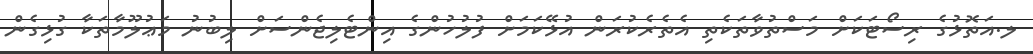
ލ.އަތޮޅުގެ ރިސޯޓަކަށް މަސްތުވާތަކެތި އެތެރެކުރަން އުޅޭކަމަށް ފުލުހުންގެ އިންޓެލިޖެންސަށް ލިބުނު މަޢުލޫމާތަކާ ގުޅިގެން